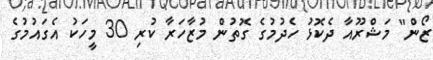
ޒޯން" މަޝްރޫއާ ދެކޮޅު ހެދުމުގެ ގޮތުން މުޒާހަރާ ކުރި 30 މީހަކު އެގައުމުގެ